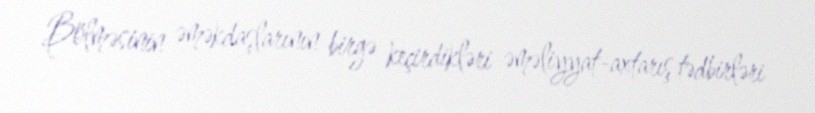
Bölməsinin əməkdaşlarının birgə keçirdikləri əməliyyat-axtarış tədbirləri